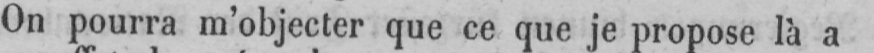
On pourra m’objecter que ce que je propose là a